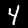
Digit: 4